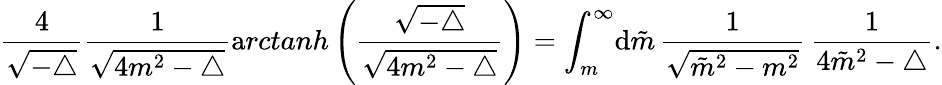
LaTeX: \frac{4}{\sqrt{-\triangle}}\frac{1}{\sqrt{4m^{2}-\triangle}}{\mathrm arctanh}\left(\frac{\sqrt{-\triangle}}{\sqrt{4m^{2}-\triangle}}\right)=\int_{m}^{\infty}\! {\mathrm d}\tilde{m}\, \frac{1}{\sqrt{{\tilde{m}}^{2}-m^{2}}}\, \frac{1}{4{\tilde{m}}^{2}-\triangle}.